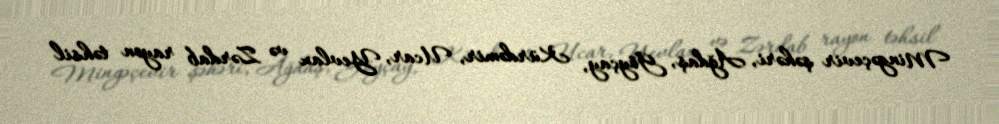
Mingəçevir şəhəri, Ağdaş, Göyçay, Kürdəmir, Ucar, Yevlax və Zərdab rayon təhsil